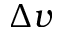
\Delta v